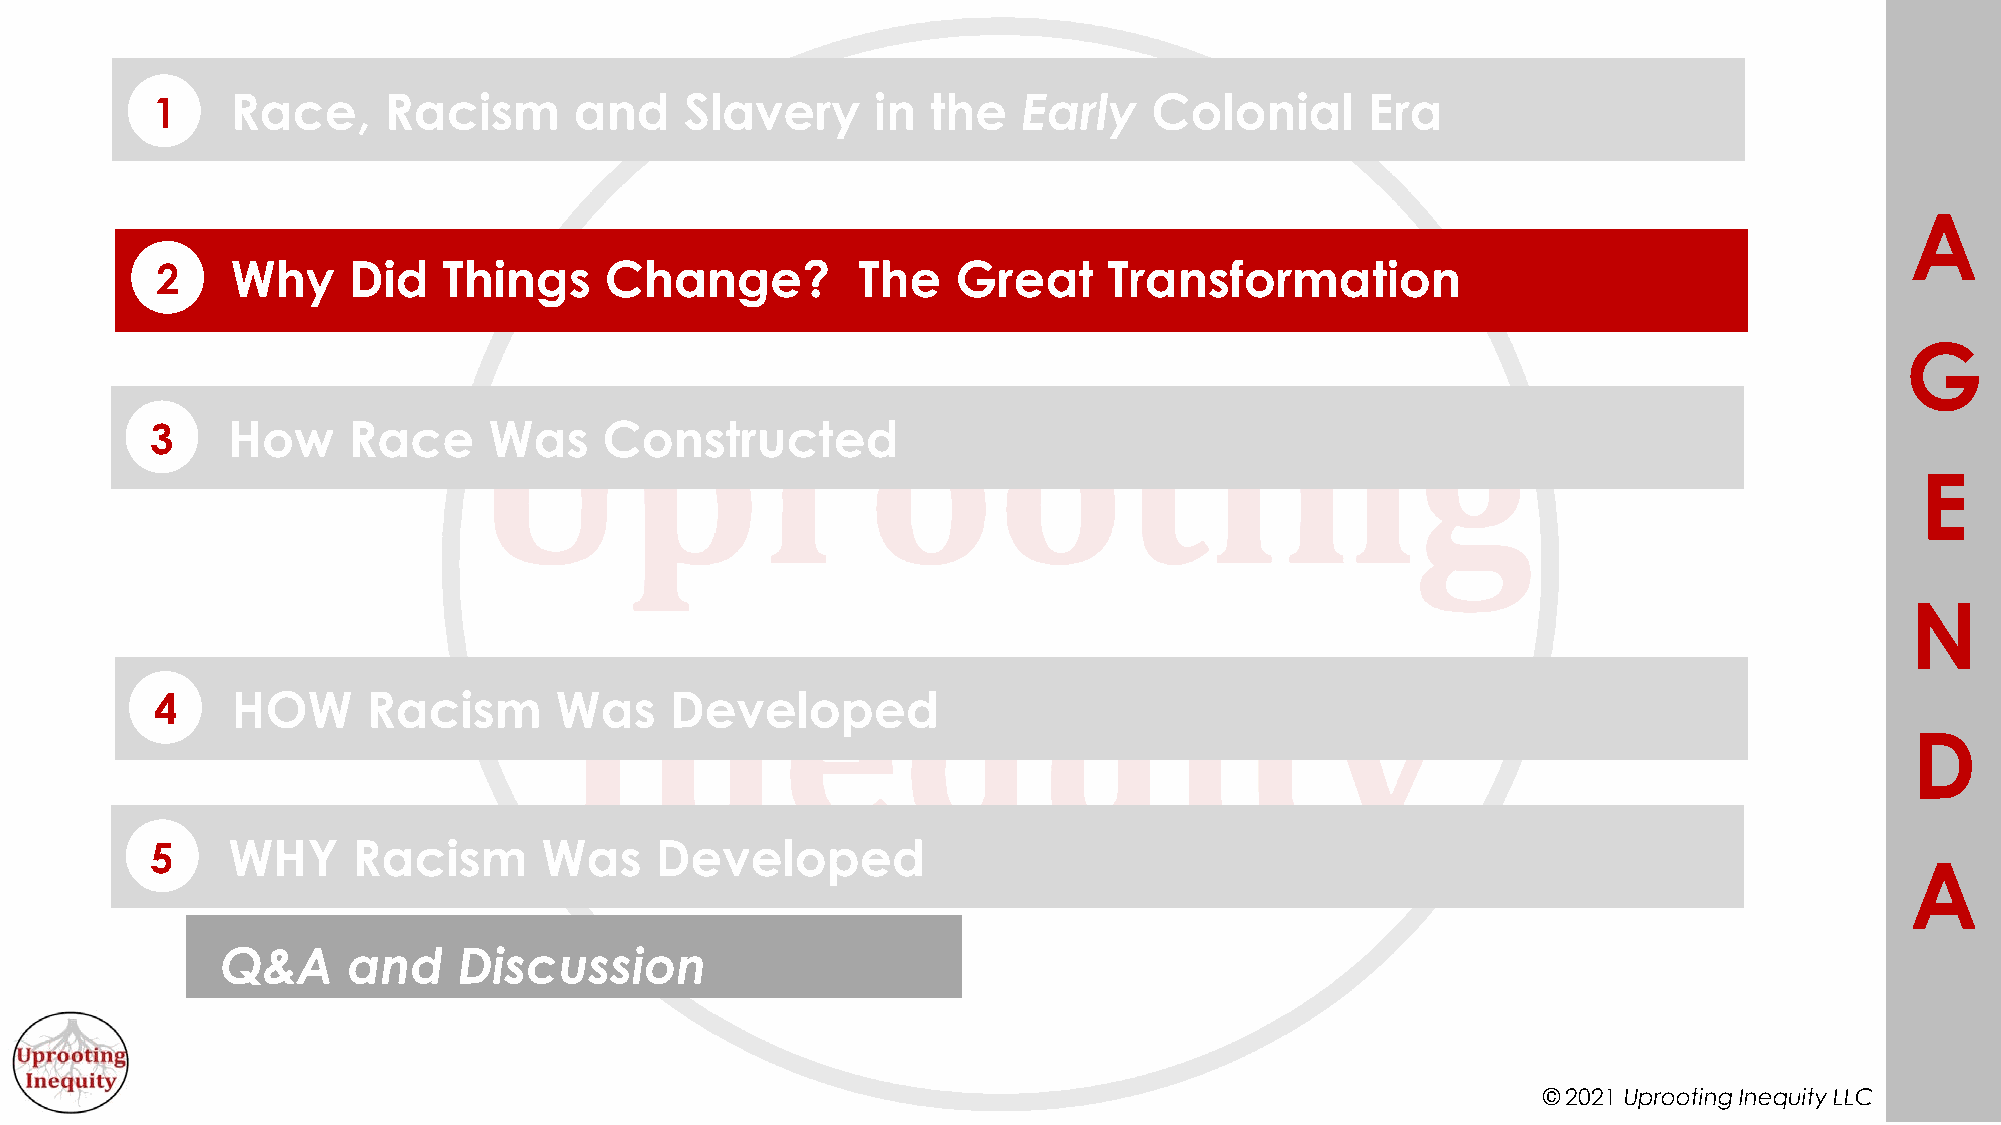
1    Race,     Racism       and    Slavery      in  the   Early   Colonial       Era
 A
 2    Why     Did   Things     Change?          The   Great     Transformation
 G
 3    How     Race     Was     Constructed
 E
 N
 4    HOW      Racism       Was    Developed
 D
 5    WHY     Racism       Was    Developed
 A
 Q&A     and    Discussion
 © 2021 Uprooting Inequity LLC